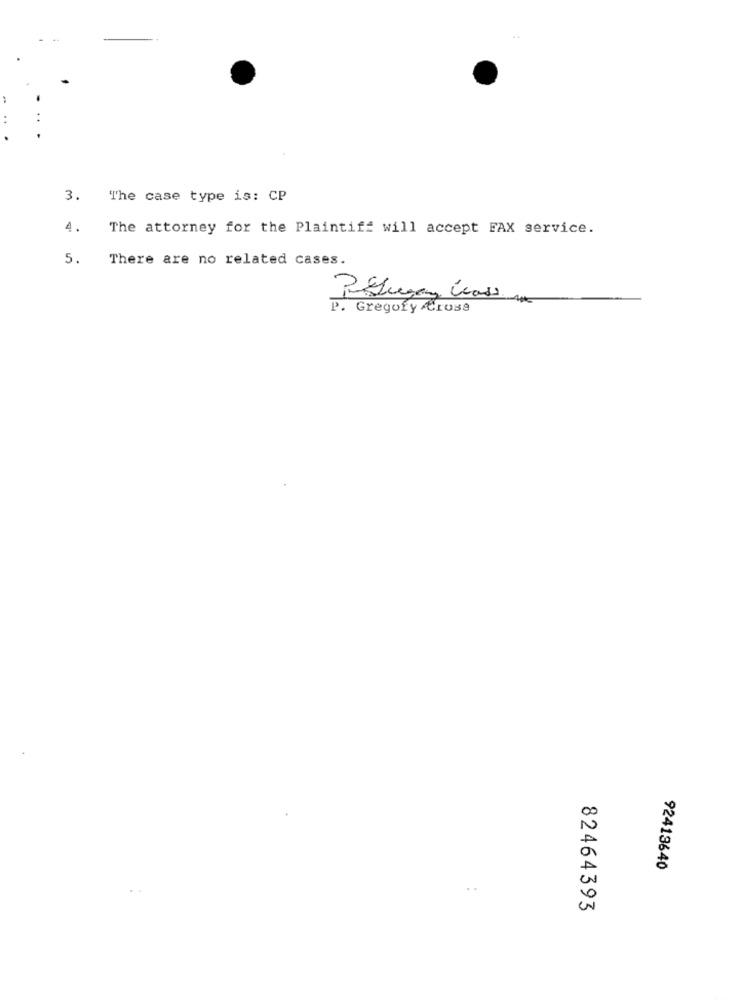
3. The case type is: CP
4.
The attorney for the Plaintiff will accept FAX service.
5.
There are no related cases.
P. Gregory -rose
92419640
82464393